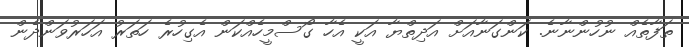
ތަފާތެއް ނުހުންނާނެ. ކަންގަނާއަށް އަދިތްޔާ އަކީ އެހާ ގޯސްމީހެއްކަން އެގިހުރެ ހަތަރު އަހަރުވަންދެން